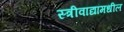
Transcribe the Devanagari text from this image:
स्त्रीवाद्यांमधील